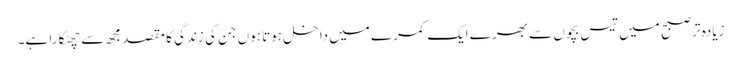
زیادہ تر صبح میں تیس بچوں سے بھرے ایک کمرے میں داخل ہوتا ہوں جن کی زندگی کا مقصد مجھ سے چھٹکارا ہے۔